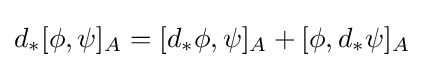
d_{*}[\phi ,\psi ]_{A}=[d_{*}\phi ,\psi ]_{A}+[\phi ,d_{*}\psi ]_{A}